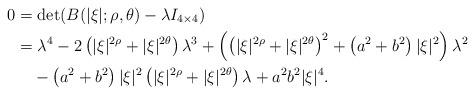
LaTeX: \begin{align*}0&=\det(B(|\xi|;\rho,\theta)-\lambda I_{4\times 4})\\&=\lambda^4-2\left(|\xi|^{2\rho}+|\xi|^{2\theta}\right)\lambda^3+\left(\left(|\xi|^{2\rho}+|\xi|^{2\theta}\right)^2+\left(a^2+b^2\right)|\xi|^2\right)\lambda^2\\&\quad-\left(a^2+b^2\right)|\xi|^2\left(|\xi|^{2\rho}+|\xi|^{2\theta}\right)\lambda+a^2b^2|\xi|^4.\end{align*}